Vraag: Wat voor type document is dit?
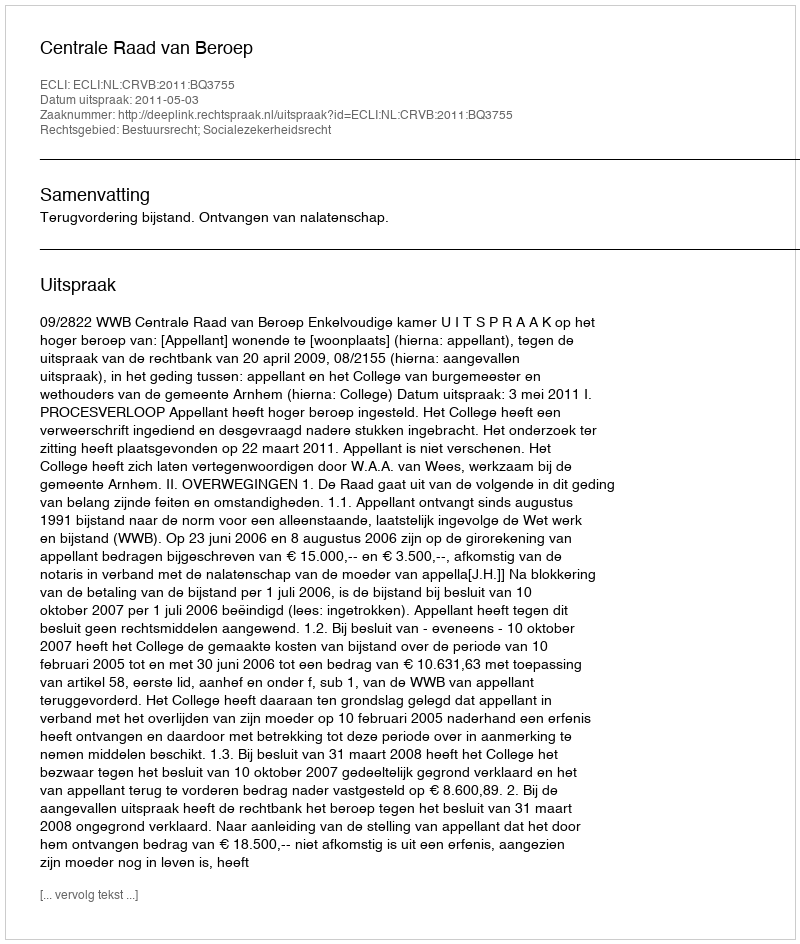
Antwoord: Uitspraak